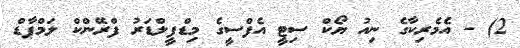
2) - އެމެރިކާގެ ނިއު ޔޯކް ސިޓީ އެފްސީގެ މިޑްފީލްޑަރު ފްރޭންކް ލަމްޕާޑް